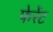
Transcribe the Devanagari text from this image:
फेर्रेट